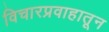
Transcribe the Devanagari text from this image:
विचारप्रवाहातून